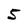
Character: 5